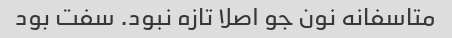
متاسفانه نون جو اصلا تازه نبود. سفت بود